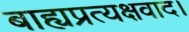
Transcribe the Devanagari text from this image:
बाह्यप्रत्यक्षवाद।